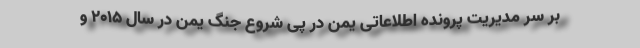
بر سر مدیریت پرونده اطلاعاتی یمن در پی شروع جنگ یمن در سال ۲۰۱۵ و